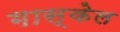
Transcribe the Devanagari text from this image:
गास्केल